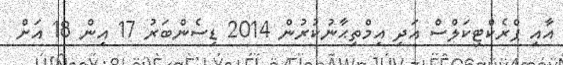
އާއި ޕްރެކްޓިކަލްސް އަދި އިމްތިޙާނުކުރުން 2014 ޑިސެންބަރު 17 އިން 18 އަށް